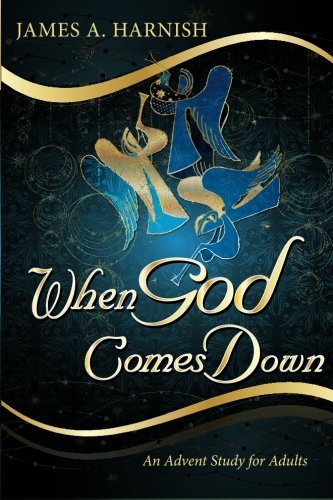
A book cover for When God Comes Down: An Advent Study for Adults; James A. Harnish; Christian Books & Bibles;